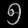
Digit: ၅